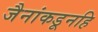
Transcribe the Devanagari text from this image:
जैनांकडूनहि